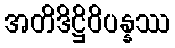
အတိဒိဋ္ဌိဝိပန္နဿ